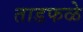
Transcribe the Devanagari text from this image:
ताडफळे